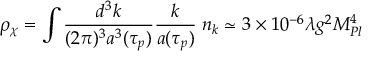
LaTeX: \rho _ { \chi } = \int \frac { d ^ { 3 } k } { ( 2 \pi ) ^ { 3 } a ^ { 3 } ( \tau _ { p } ) } \frac { k } { a ( \tau _ { p } ) } \; n _ { k } \simeq 3 \times 1 0 ^ { - 6 } \lambda g ^ { 2 } M _ { P l } ^ { 4 }